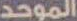
الموحد